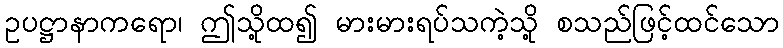
ဥပဋ္ဌာနာကရော၊ ဤသို့ထ၍ မားမားရပ်သကဲ့သို့ စသည်ဖြင့်ထင်သော